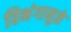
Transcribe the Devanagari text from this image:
विभंगामुळे